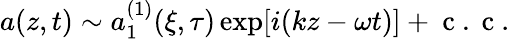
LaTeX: a(z,t)\sim a_{1}^{(1)}(\xi,\tau)\exp[i(kz-\omega t)]+\mathrm{~c~.~c~.~}